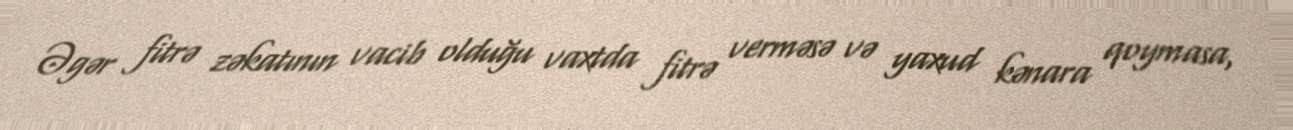
Əgər fitrə zəkatının vacib olduğu vaxtda fitrə verməsə və yaxud kənara qoymasa,